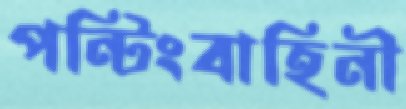
পন্টিংবাহিনী